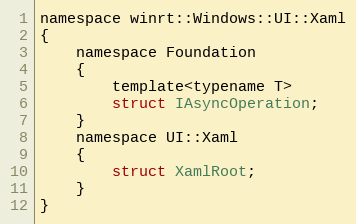
Language: C
namespace winrt::Windows::UI::Xaml
{
    namespace Foundation
    {
        template<typename T>
        struct IAsyncOperation;
    }
    namespace UI::Xaml
    {
        struct XamlRoot;
    }
}